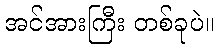
အင်အားကြီး တစ်ခုပဲ။